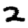
Digit: 2